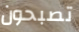
تصبحون